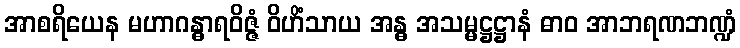
အာစရိယေန မဟာဂန္ဓာရဝိဇ္ဇံ ဝိဟိံသာယ အန္ဓ အသမ္မဋ္ဌဋ္ဌာနံ ဓာဝ အာဘရဏဘဏ္ဍံ